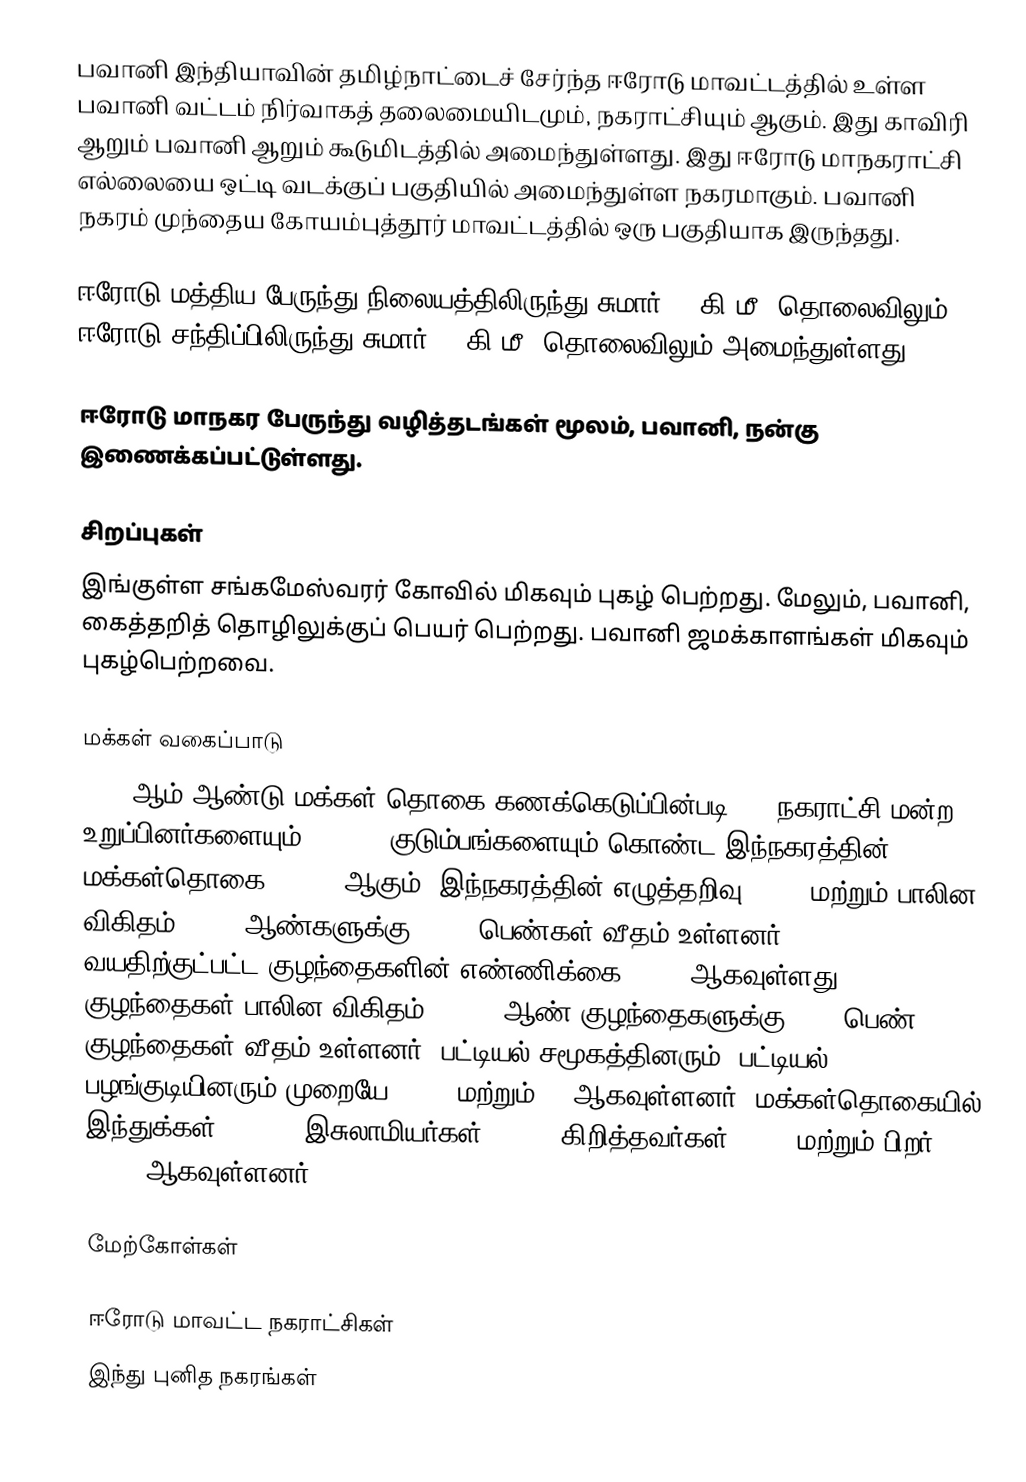
பவானி இந்தியாவின் தமிழ்நாட்டைச் சேர்ந்த ஈரோடு மாவட்டத்தில் உள்ள பவானி வட்டம் நிர்வாகத் தலைமையிடமும், நகராட்சியும் ஆகும். இது காவிரி ஆறும் பவானி ஆறும் கூடுமிடத்தில் அமைந்துள்ளது. இது ஈரோடு மாநகராட்சி எல்லையை ஒட்டி வடக்குப் பகுதியில் அமைந்துள்ள நகரமாகும். பவானி நகரம் முந்தைய கோயம்புத்தூர் மாவட்டத்தில் ஒரு பகுதியாக இருந்தது.

ஈரோடு மத்திய பேருந்து நிலையத்திலிருந்து சுமார் 12 கி.மீ. தொலைவிலும் ஈரோடு சந்திப்பிலிருந்து சுமார் 15 கி.மீ. தொலைவிலும் அமைந்துள்ளது.

ஈரோடு மாநகர பேருந்து வழித்தடங்கள் மூலம், பவானி, நன்கு இணைக்கப்பட்டுள்ளது.

சிறப்புகள்
இங்குள்ள சங்கமேஸ்வரர் கோவில் மிகவும் புகழ் பெற்றது. மேலும், பவானி, கைத்தறித் தொழிலுக்குப் பெயர் பெற்றது. பவானி ஜமக்காளங்கள் மிகவும் புகழ்பெற்றவை.

மக்கள் வகைப்பாடு
2011-ஆம் ஆண்டு மக்கள் தொகை கணக்கெடுப்பின்படி, 27 நகராட்சி மன்ற உறுப்பினர்களையும், 11,147 குடும்பங்களையும் கொண்ட இந்நகரத்தின் மக்கள்தொகை  39,225 ஆகும். இந்நகரத்தின் எழுத்தறிவு 84.7% மற்றும் பாலின விகிதம் 1,000 ஆண்களுக்கு 1,005 பெண்கள் வீதம் உள்ளனர். 6 வயதிற்குட்பட்ட குழந்தைகளின் எண்ணிக்கை 3,519 ஆகவுள்ளது. குழந்தைகள் பாலின விகிதம், 1,000 ஆண் குழந்தைகளுக்கு, 923 பெண் குழந்தைகள் வீதம் உள்ளனர். பட்டியல் சமூகத்தினரும், பட்டியல் பழங்குடியினரும் முறையே 3,251 மற்றும் 40 ஆகவுள்ளனர். மக்கள்தொகையில் இந்துக்கள் 93.33%,  இசுலாமியர்கள் 4.24%, கிறித்தவர்கள் 2.35% மற்றும்  பிறர் 0.08% ஆகவுள்ளனர்.

மேற்கோள்கள்

ஈரோடு மாவட்ட நகராட்சிகள்
இந்து புனித நகரங்கள்